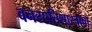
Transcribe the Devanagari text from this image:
वनस्पतिशास्त्राचा